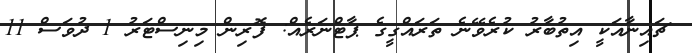
ޗައިނާއަކީ އިތުބާރު ކުރެވޭނެ ތަރައްގީގެ ޕާޓްނަރެއް: ފޮރިން މިނިސްޓަރު 1 ދުވަސް 11